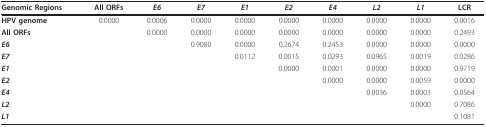
<table><thead><tr><td><b>Genomic Regions</b></td><td><b>All ORFs</b></td><td><b><i>E6</i></b></td><td><b><i>E7</i></b></td><td><b><i>E1</i></b></td><td><b><i>E2</i></b></td><td><b><i>E4</i></b></td><td><b><i>L2</i></b></td><td><b><i>L1</i></b></td><td><b>LCR</b></td></tr></thead><tbody><tr><td><b>HPV genome</b></td><td>0.0000</td><td>0.0006</td><td>0.0000</td><td>0.0000</td><td>0.0000</td><td>0.0000</td><td>0.0000</td><td>0.0000</td><td>0.0016</td></tr><tr><td><b>All ORFs</b></td><td></td><td>0.0000</td><td>0.0000</td><td>0.0000</td><td>0.0000</td><td>0.0000</td><td>0.0000</td><td>0.0000</td><td>0.2493</td></tr><tr><td><b><i>E6</i></b></td><td></td><td></td><td>0.9080</td><td>0.0000</td><td>0.2674</td><td>0.2453</td><td>0.0000</td><td>0.0000</td><td>0.0000</td></tr><tr><td><b><i>E7</i></b></td><td></td><td></td><td></td><td>0.0112</td><td>0.0015</td><td>0.0293</td><td>0.0965</td><td>0.0019</td><td>0.0286</td></tr><tr><td><b><i>E1</i></b></td><td></td><td></td><td></td><td></td><td>0.0000</td><td>0.0001</td><td>0.0000</td><td>0.0000</td><td>0.9719</td></tr><tr><td><b><i>E2</i></b></td><td></td><td></td><td></td><td></td><td></td><td>0.0000</td><td>0.0000</td><td>0.0059</td><td>0.0000</td></tr><tr><td><b><i>E4</i></b></td><td></td><td></td><td></td><td></td><td></td><td></td><td>0.0036</td><td>0.0003</td><td>0.0564</td></tr><tr><td><b><i>L2</i></b></td><td></td><td></td><td></td><td></td><td></td><td></td><td></td><td>0.0000</td><td>0.7086</td></tr><tr><td><b><i>L1</i></b></td><td></td><td></td><td></td><td></td><td></td><td></td><td></td><td></td><td>0.1081</td></tr></tbody></table>